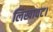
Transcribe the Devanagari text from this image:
लिखावट।